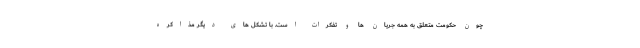
چون حکومت متعلق به همه جریان ها و تفکرات است. با تشکل های دیگر مذاکره